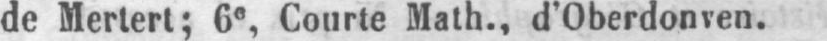
de Mertert; 6e Courte Math., d’Oberdonven.